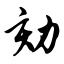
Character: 劾